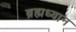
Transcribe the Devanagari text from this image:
ब्रह्मध्यान